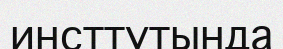
инсттутында